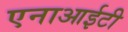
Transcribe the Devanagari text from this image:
एनाआईटी